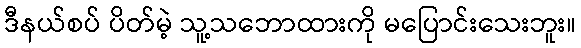
ဒီနယ်စပ် ပိတ်မဲ့ သူ့သဘောထားကို မပြောင်းသေးဘူး။